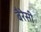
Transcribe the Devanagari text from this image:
बैरेसी